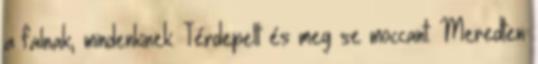
a falnak, mindenkinek. Térdepelt és meg se moccant. Meredten